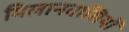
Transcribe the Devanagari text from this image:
मिलानवासियों